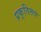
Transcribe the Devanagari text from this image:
प्रकृतिरूप